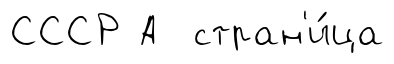
СССР А стран'и́ца